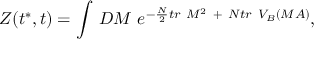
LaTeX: Z ( t ^ { * } , t ) = \int \, { \cal D } M \ e ^ { - { \frac { N } { 2 } } t r ~ M ^ { 2 } \ + \ N t r ~ V _ { B } ( M A ) } ,